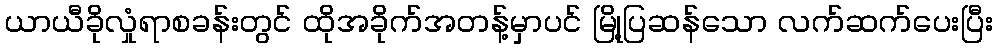
ယာယီခိုလှုံရာစခန်းတွင် ထိုအခိုက်အတန့်မှာပင် မြို့ပြဆန်သော လက်ဆက်ပေးပြီး